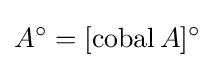
A^{\circ }=[\operatorname {cobal} A]^{\circ }